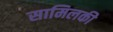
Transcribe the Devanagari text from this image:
सामिलकी